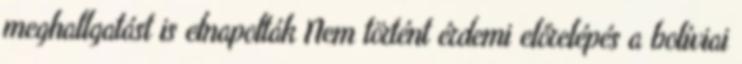
meghallgatást is elnapolták Nem történt érdemi előrelépés a bolíviai